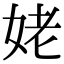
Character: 姥